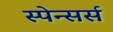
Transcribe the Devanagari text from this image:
स्पेन्सर्स